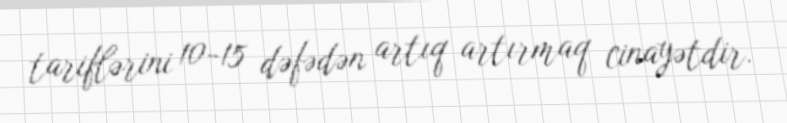
tariflərini 10-15 dəfədən artıq artırmaq cinayətdir.